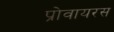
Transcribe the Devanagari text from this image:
प्रोवायरस